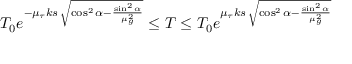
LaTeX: T _ { 0 } e ^ { - \mu _ { \tau } k s \, { \sqrt { \cos ^ { 2 } \alpha - { \frac { \sin ^ { 2 } \alpha } { \mu _ { g } ^ { 2 } } } } } } \leq T \leq T _ { 0 } e ^ { \mu _ { \tau } k s \, { \sqrt { \cos ^ { 2 } \alpha - { \frac { \sin ^ { 2 } \alpha } { \mu _ { g } ^ { 2 } } } } } }